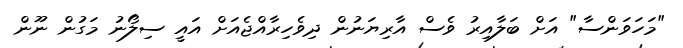
"މަހަވަންސާ" އަށް ބަލާއިރު ވެސް އާރިޔަނުން ދިވެހިރާއްޖެއަށް އައީ ސިލޯނު މަގުން ނޫން